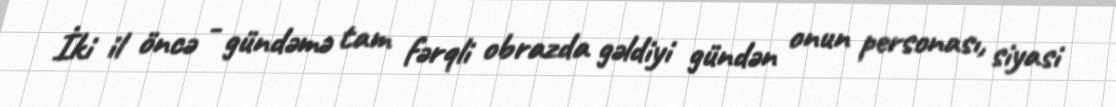
İki il öncə - gündəmə tam fərqli obrazda gəldiyi gündən onun personası, siyasi